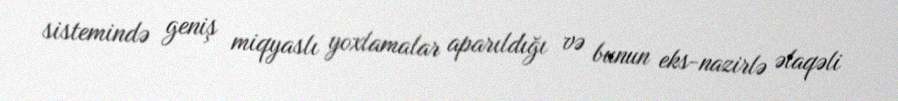
sistemində geniş miqyaslı yoxlamalar aparıldığı və bunun eks-nazirlə əlaqəli